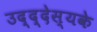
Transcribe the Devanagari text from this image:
उद्द्देस्यके